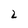
Character: 2